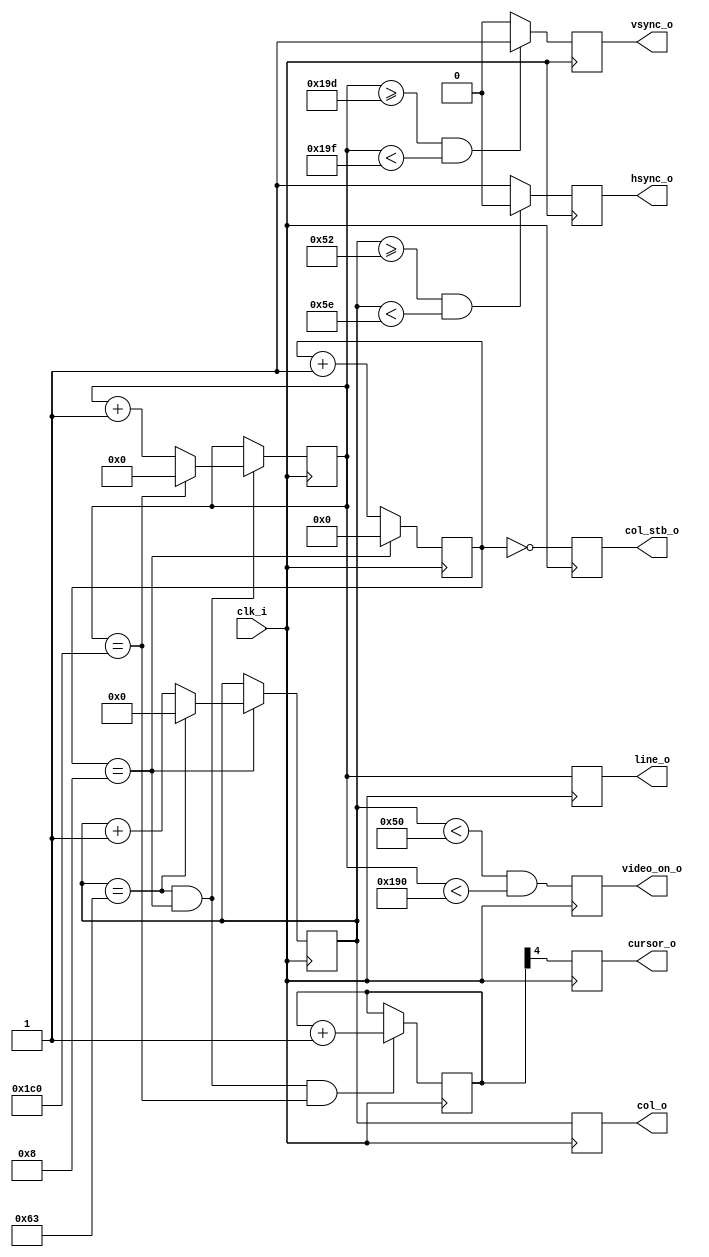
`timescale 1 ns / 1 ps

/*******************************************************************************
Copyright (C) 2018 Ryan Clarke

This program is free software (firmware): you can redistribute it and/or modify
it under the terms of the GNU General Public License as published by
the Free Software Foundation, either version 3 of the License, or
(at your option) any later version.

This program is distributed in the hope that it will be useful,
but WITHOUT ANY WARRANTY; without even the implied warranty of
MERCHANTABILITY or FITNESS FOR A PARTICULAR PURPOSE.  See the
GNU General Public License for more details.

You should have received a copy of the GNU General Public License
along with this program.  If not, see <http://www.gnu.org/licenses/>.
*******************************************************************************/

/*******************************************************************************
Module Name : CRTC
Top Module  : VGAController
File Name   : crtc.v
Project     : v65C02 8-bit Computer
Author      : Ryan Clarke
E-mail      : kj6msg@icloud.com
================================================================================
Purpose : CRT controller for the VGA text-mode controller module.

          Generates the character column and scan line, horizontal and vertical
          sync signals, cursor timing, and active video flag.
        
          The horizontal and vertical sync are derived from the character column
          and scan line. The column and scan line are pipelined to match the
          sync signals. The cursor timing is based off the frame rate.
          
          Total output delay is two pixel clock cycles.
*******************************************************************************/


module CRTC
    (
    input wire        clk_i,        // pixel clock
    
    output wire       col_stb_o,    // new column strobe
    output wire [6:0] col_o,        // character column
    output wire [8:0] line_o,       // scan line
    
    output wire       cursor_o,     // cursor timing
    
    output wire       hsync_o,      // horizontal sync
    output wire       vsync_o,      // vertical sync
    
    output wire       video_on_o    // active video flag
    );
    
    
/* COMMON DEFINITIONS *********************************************************/
    
    // parameters for CRTC timing: 720 x 400 @ 70 Hz (28.322 MHz pixel clock)
    localparam HS_TOTAL   = 7'd100,     // 100 characters (900 pixels)
               HS_ACTIVE  = 7'd80,      //  80 characters (720 pixels)
               HS_START   = 7'd82,      //  82 characters (738 pixels)
               HS_TIME    = 7'd12,      //  12 characters (108 pixels)
               HS_POL     = 1'b0;       // negative pulse
               
    localparam VS_TOTAL   = 9'd449,     // 449 lines
               VS_ACTIVE  = 9'd400,     // 400 lines
               VS_START   = 9'd413,     // 413 lines
               VS_TIME    = 9'd2,       //   2 lines
               VS_POL     = 1'b1;       // positive pulse
    
    localparam CHAR_WIDTH = 4'd9;       // character glyph width (pixels)
    
    
/* GLYPH PIXEL COUNTER ********************************************************/
    
    reg  [3:0] pixel_reg;       // glyph pixel counter
    wire       char_end;        // character end indicator
    
    assign char_end = (pixel_reg == CHAR_WIDTH - 4'h1);    
    
    initial pixel_reg = 4'h0;
    always @(posedge clk_i)
        if(char_end)
            pixel_reg <= #1 4'h0;
        else
            pixel_reg <= #1 pixel_reg + 4'h1;
    
    
/* CHARACTER COLUMN COUNTER ***************************************************/
    
    wire       col_start;       // column start indicator
    reg        col_stb_ff;      // new column strobe
    reg  [6:0] col_reg;         // character column counter
    reg  [6:0] col_p1_reg;      // pipeline delay
    wire       last_col;        // last column indicator
    
    assign col_start = (pixel_reg == 4'h0);
    
    // new column strobe
    initial col_stb_ff = 1'b0;
    always @(posedge clk_i)
        col_stb_ff <= #1 col_start;
    
    assign last_col = (col_reg   == HS_TOTAL - 7'd1);
    
    // character column counter
    initial col_reg = 7'd0;
    always @(posedge clk_i)
        if(char_end)
            if(last_col)
                col_reg <= #1 7'd0;
            else
                col_reg <= #1 col_reg + 7'd1;
    
    // pipeline delay to match sync timing
    initial col_p1_reg  = 7'd0;
    always @(posedge clk_i)
        col_p1_reg  <= #1 col_reg;
    
    // output logic
    assign col_stb_o = col_stb_ff;
    assign col_o     = col_p1_reg;
    
    
/* SCAN LINE COUNTER **********************************************************/    
    
    reg  [8:0] line_reg;        // scan line counter
    reg  [8:0] line_p1_reg;     // pipeline delay
    wire       last_line;       // last line indicator
    
    assign last_line = (line_reg  == VS_TOTAL - 9'd1);
    
    // scan line counter
    initial line_reg = 9'd0;
    always @(posedge clk_i)
        if(last_col & char_end)
            if(last_line)
                line_reg <= #1 9'd0;
            else
                line_reg <= #1 line_reg + 9'd1;
    
    // pipeline delay to match sync timing
    initial line_p1_reg = 9'd0;
    always @(posedge clk_i)
        line_p1_reg <= #1 line_reg;
    
    // output logic
    assign line_o    = line_p1_reg;
    
    
/* SYNC SIGNALS ***************************************************************/
    
    reg        hsync_ff;        // horizontal sync
    reg        vsync_ff;        // vertical sync
    wire       hsync_on;        // horizontal sync active indicator
    wire       vsync_on;        // vertical sync active indicator
    
    assign hsync_on = (col_reg >= (HS_START)) &
                      (col_reg <  (HS_START + HS_TIME));
    assign vsync_on = (line_reg >= (VS_START)) &
                      (line_reg <  (VS_START + VS_TIME));
    
    // horizontal sync
    initial hsync_ff = 1'b0;
    always @(posedge clk_i)
        if(hsync_on)
            hsync_ff <= #1 HS_POL;
        else
            hsync_ff <= #1 ~HS_POL;
    
    // vertical sync
    initial vsync_ff = 1'b0;
    always @(posedge clk_i)
        if(vsync_on)
            vsync_ff <= #1 VS_POL;
        else
            vsync_ff <= #1 ~VS_POL;
    
    // output logic
    assign hsync_o = hsync_ff;
    assign vsync_o = vsync_ff;
    
    
/* ACTIVE VIDEO FLAG **********************************************************/
    
    reg video_on_ff;            // active video indicator
    
    // active video flag
    initial video_on_ff = 1'b0;
    always @(posedge clk_i)
        video_on_ff <= #1 (col_reg < HS_ACTIVE) & (line_reg < VS_ACTIVE);
    
    // output logic
    assign video_on_o = video_on_ff;
    
    
/* CURSOR TIMING **************************************************************/
    
    wire       frame_end;       // frame end indicator
    reg  [4:0] frame_cnt_reg;   // frame counter
    reg        cursor_ff;       // cursor timing
    
    assign frame_end = char_end & last_col & last_line;
    
    // frame counter
    initial frame_cnt_reg = 4'h0;
    always @(posedge clk_i)
        if(frame_end)
            frame_cnt_reg <= #1 frame_cnt_reg + 4'h1;
    
    // cursor blink rate is tied to frame rate. Blinks at 2.1875 Hz
    // 1/(2 * 16 / 70.09) Hz
    initial cursor_ff = 1'b0;
    always @(posedge clk_i)
        cursor_ff <= #1 frame_cnt_reg[4];
    
    // output logic
    assign cursor_o = cursor_ff;
    
endmodule